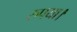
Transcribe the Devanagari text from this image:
रुपया।